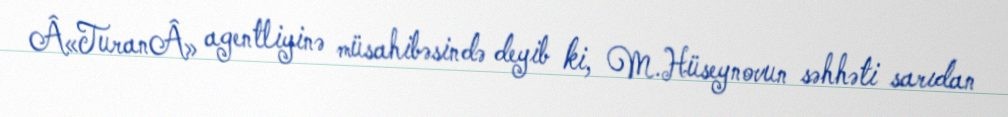
Â«TuranÂ» agentliyinə müsahibəsində deyib ki, M.Hüseynovun səhhəti sarıdan